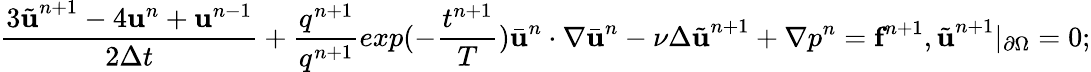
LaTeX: \frac{3\tilde{\textbf{u}}^{n+1}-4\textbf{u}^{n}+\textbf{u}^{n-1}}{2\Delta t}+\frac{q^{n+1}}{q^{n+1}}{{exp}(-\frac{t^{n+1}}{T})}\bar{\textbf{u}}^{n}\cdot\nabla\bar{\textbf{u}}^{n}-\nu\Delta\tilde{\textbf{u}}^{n+1}+\nabla p^{n}=\textbf{f}^{n+1},\tilde{\textbf{u}}^{n+1}|_{\partial\Omega}=0;